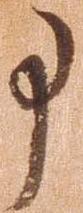
事